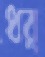
ধর্